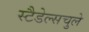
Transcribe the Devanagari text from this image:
स्टैडेल्सचुले